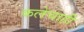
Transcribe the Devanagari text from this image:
कलेचाही